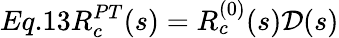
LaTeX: Eq.13R_{c}^{PT}(s)=R_{c}^{(0)}(s){\cal D}(s)